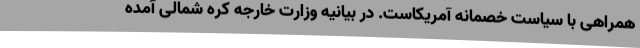
همراهی با سیاست خصمانه آمریکاست. در بیانیه وزارت خارجه کره شمالی آمده